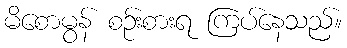
မိစောမွန် စဉ်းစားရ ကြပ်နေသည်။